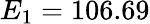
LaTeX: E_{1}=106.69